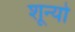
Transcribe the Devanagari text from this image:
शून्यो